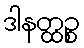
ဒါနတ္ထဉ္စ